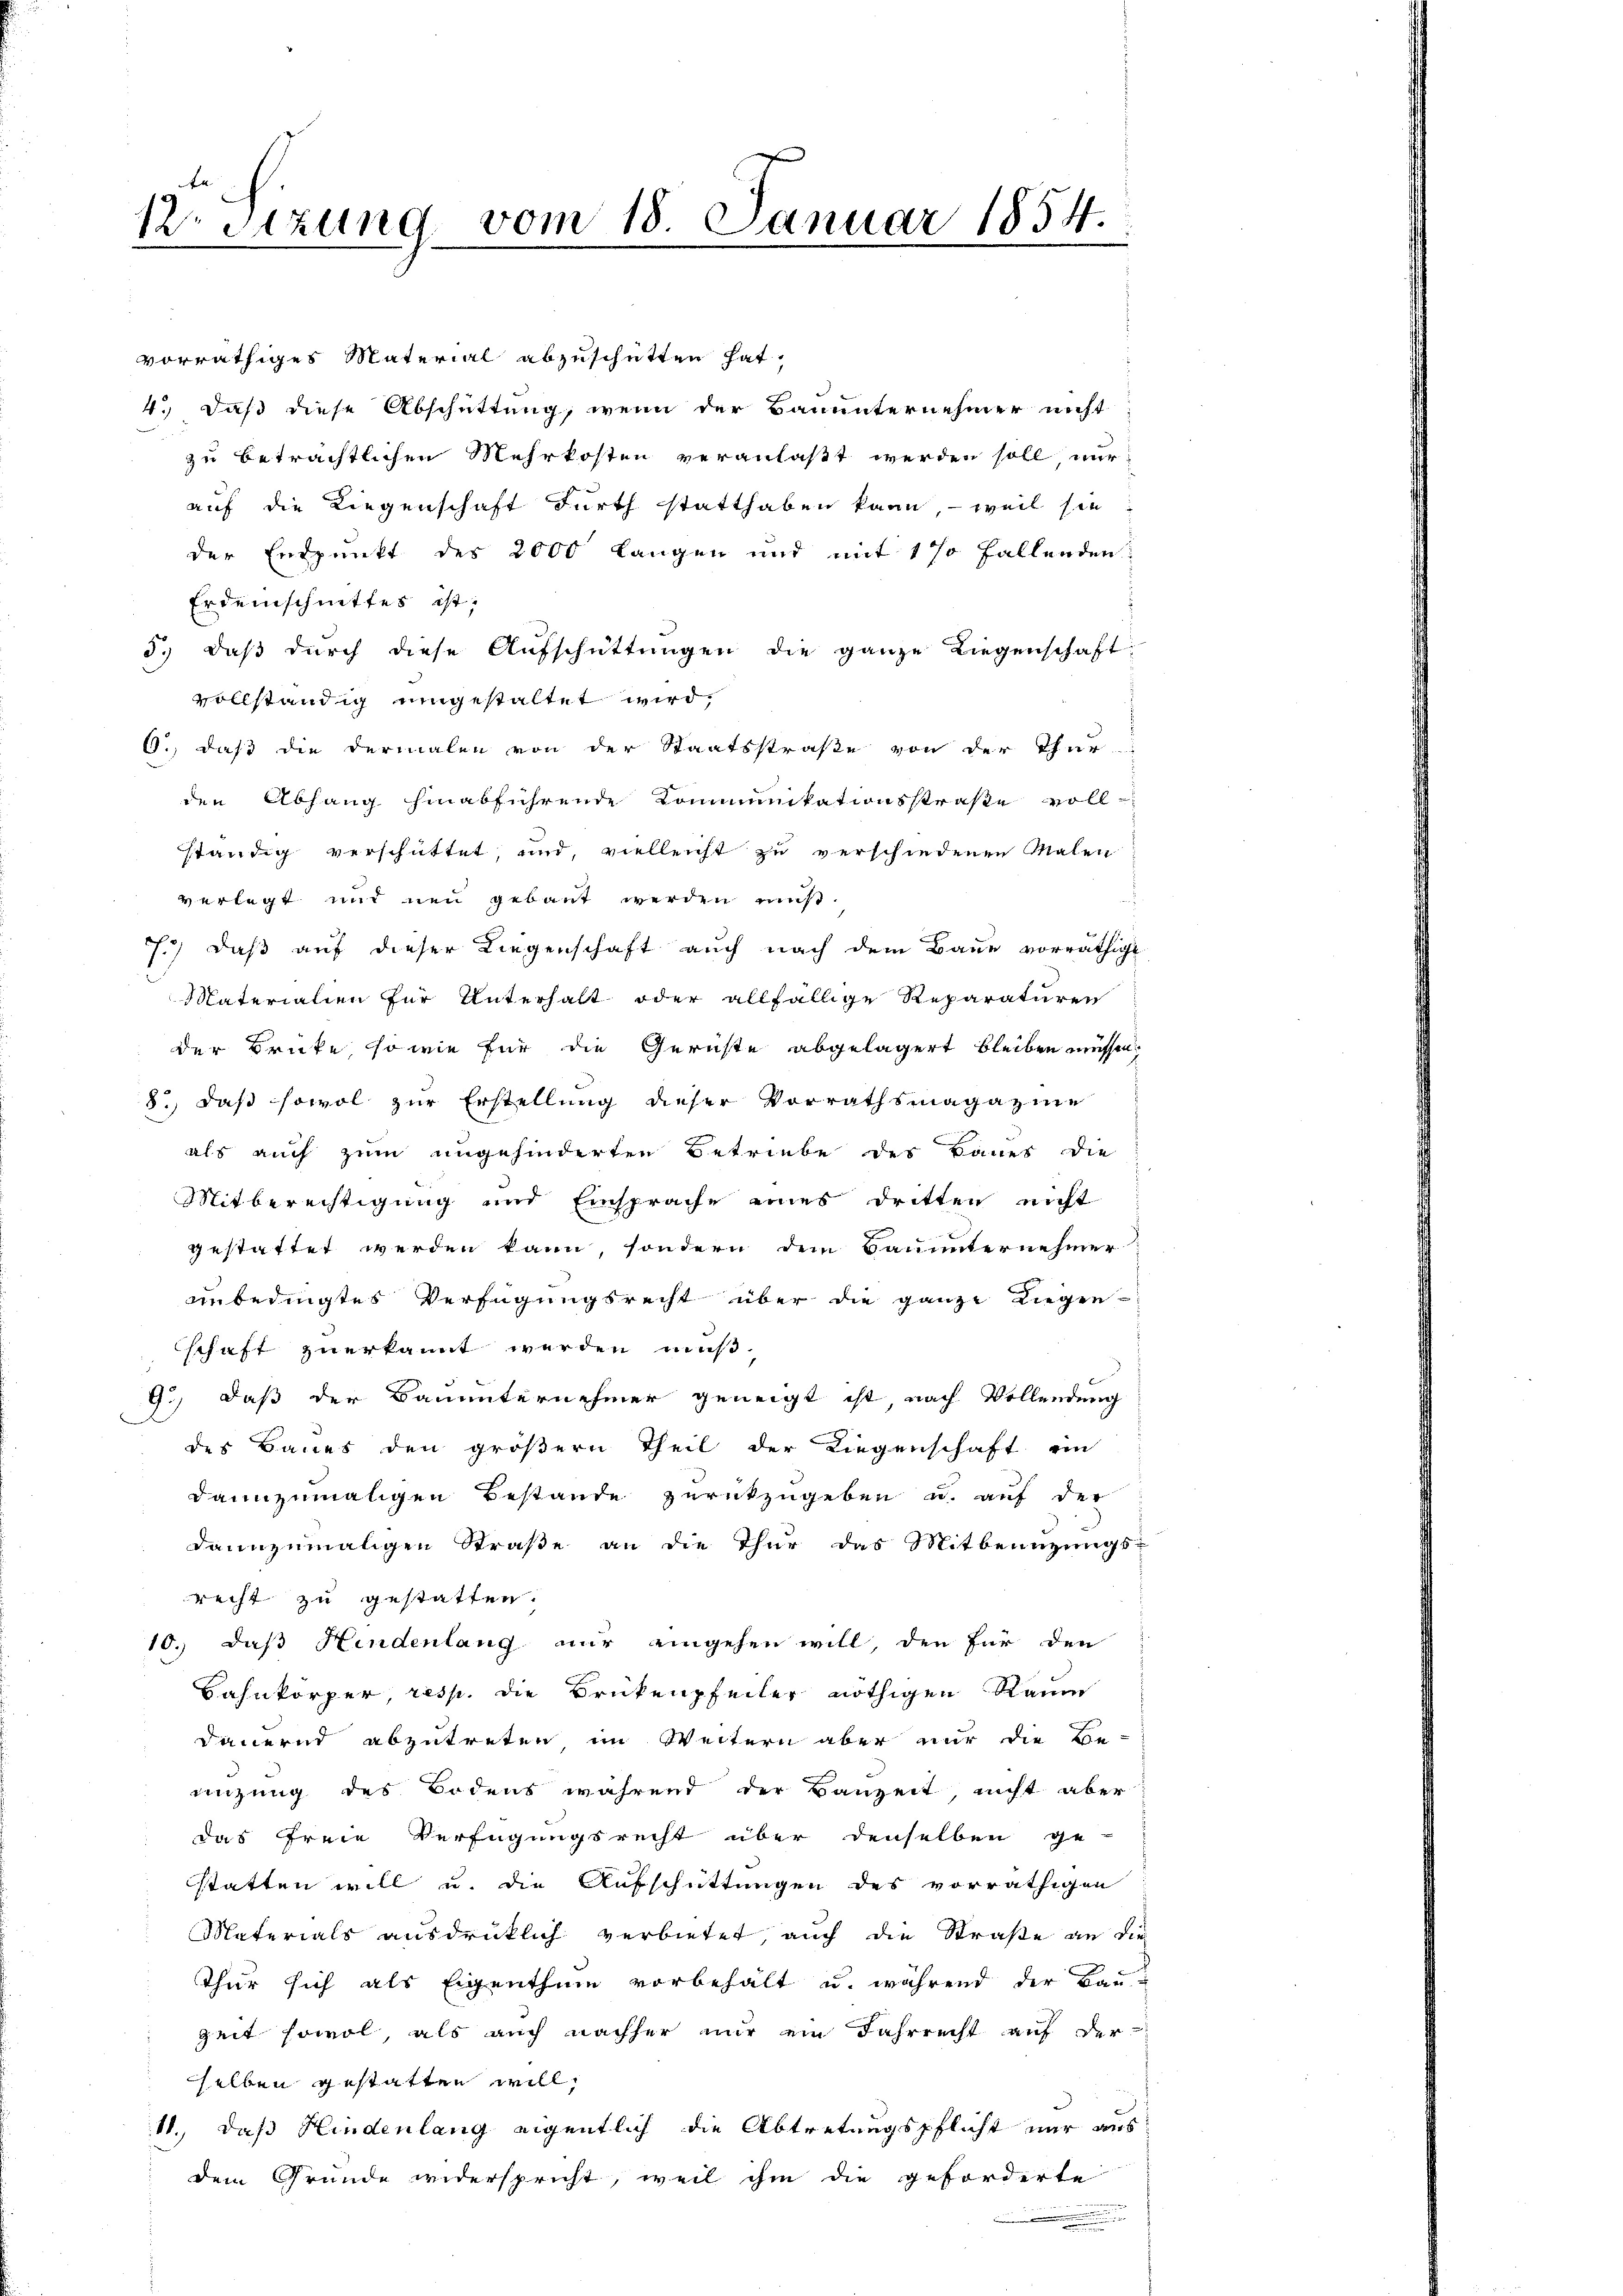
12. Sitzung vom 18. Januar 1854.

vorräthiges Material abzuschütten hat,
4.) Daß diese Abschüttung, wenn der Bauunternehmer nicht
zu beträchtlichen Mehrkosten veranlaßt werden soll, nur
auf die Liegenschaft Furth statthaben kann, – weil sie
der Endpunkt des 2000 langen und mit 1 % Fallenden
Erdeinschnittes ist,
3. daβ dŭrch diese Aufschüttŭngen die ganze Liegenschaft
vollständig umgestaltet wird,
6., daß die dermalen von der Staatsstraße von der Thur-
den Abhang hinabführende Kommunikationsstraße voll-
ständig verschüttet, und, vielleicht zu verschiedenen Malen
s
verlegt und neu gebaut werden muß.
7.) Daß auf dieser Liegenschaft auch nach dem Baue vorräthige
Materialien für Unterhalt oder allfällige Reparaturen
der Brücke, so wie für die Gerichte abgelagert bleiben müssen.
8., daß sowol zur Erstellung dieser Vorrathsmagazine
als auch zum ungehinderten Betriebe des Baues die
Mitberechtigung und Einsprache eines Dritten nicht
gestattet werden kann sondern dem Bauunternehmer
unbedingtes Verfügungsrecht über die ganze Liegen
schaft zuerkannt werden muß,
9.) Daß der Bauunternehmer geneigt ist, nach Vollendung
des Baues den größern Theil der Liegenschaft ein
dannzumaligen Bestande zurückzugeben u. auf der
dannzumaligen Straße an die Thur das Mitbenuzungs-
recht zu gestatten.
10. daß Hindenlang nur eingehen will, den für den
Bahnkörper, resp. die Brükenpfeiler nöthigen Raum
dauernd abzutreten, im Weitern aber nur die Be-
einzung des Bodens während der Bauzeit nicht aber
das freie Verfügungsrecht über denselben ge-
statten will u. die Aufschüttungen des vorräthigen
Materials ausdrücklich verbietet, auch die Straße an die
Thur sich als Eigenthum vorbehalt u. während der Bau¬
Zeit sowol, als auch nachher nur ein Jahrrecht auf der
sselben gestatten will,
11., daß Hindenlang eigentlich die Abtretungspflicht nur aus
dem Grunde widerspricht, weil ihm die geforderte
.